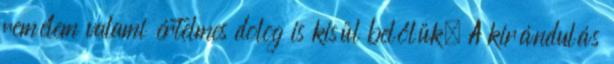
remélem valami értelmes dolog is kisül belőlük. A kirándulás